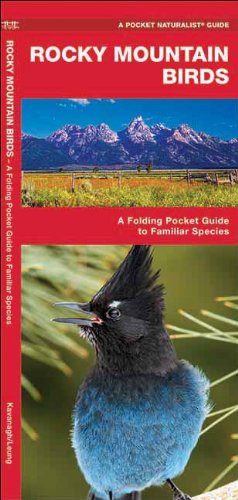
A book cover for Rocky Mountain Birds: A Folding Pocket Guide to Familiar Species (Pocket Naturalist Guide Series); James Kavanagh; Travel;